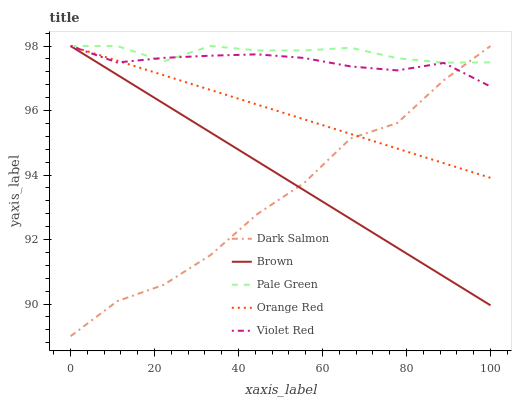
| xaxis_label | Dark Salmon | Brown | Pale Green | Orange Red | Violet Red |
 | --- | --- | --- | --- | --- | --- |
 | 0 | 89 | 98 | 98 | 98 | 98 |
 | 11.1 | 90.1 | 97.1 | 98 | 97.5 | 97.5 |
 | 22.2 | 90.6 | 96.2 | 97.5 | 97.1 | 97.6 |
 | 33.3 | 91.5 | 95.3 | 98 | 96.6 | 97.7 |
 | 44.4 | 92.8 | 94.4 | 97.9 | 96.2 | 97.7 |
 | 55.6 | 93.7 | 93.5 | 97.9 | 95.7 | 97.6 |
 | 66.7 | 95.1 | 92.6 | 97.9 | 95.3 | 97.4 |
 | 77.8 | 95.6 | 91.7 | 97.6 | 94.8 | 97.2 |
 | 88.9 | 96.9 | 90.9 | 97.5 | 94.4 | 97.5 |
 | 100 | 98 | 90 | 97.5 | 93.9 | 96.7 |